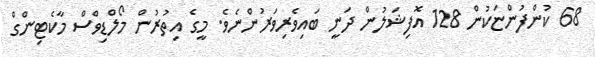
68 ކުންފުންޏަކުން 128 އޮފިޝަލުން ދަނީ ބައިވެރިވަރުންނެވެ. މީގެ އިތުރުން މޯލްޑިވްސް މާކެޓިންގް